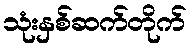
သုံးနှစ်ဆက်တိုက်